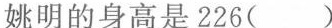
姚明的身高是226( ) 教室门的高度大约是2( )